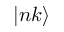
| n k \rangle